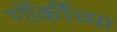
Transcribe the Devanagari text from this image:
गॉर्कीच्या